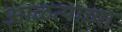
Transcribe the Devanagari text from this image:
आळत्याच्या